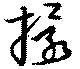
擐